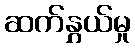
ဆက်နွှယ်မှု